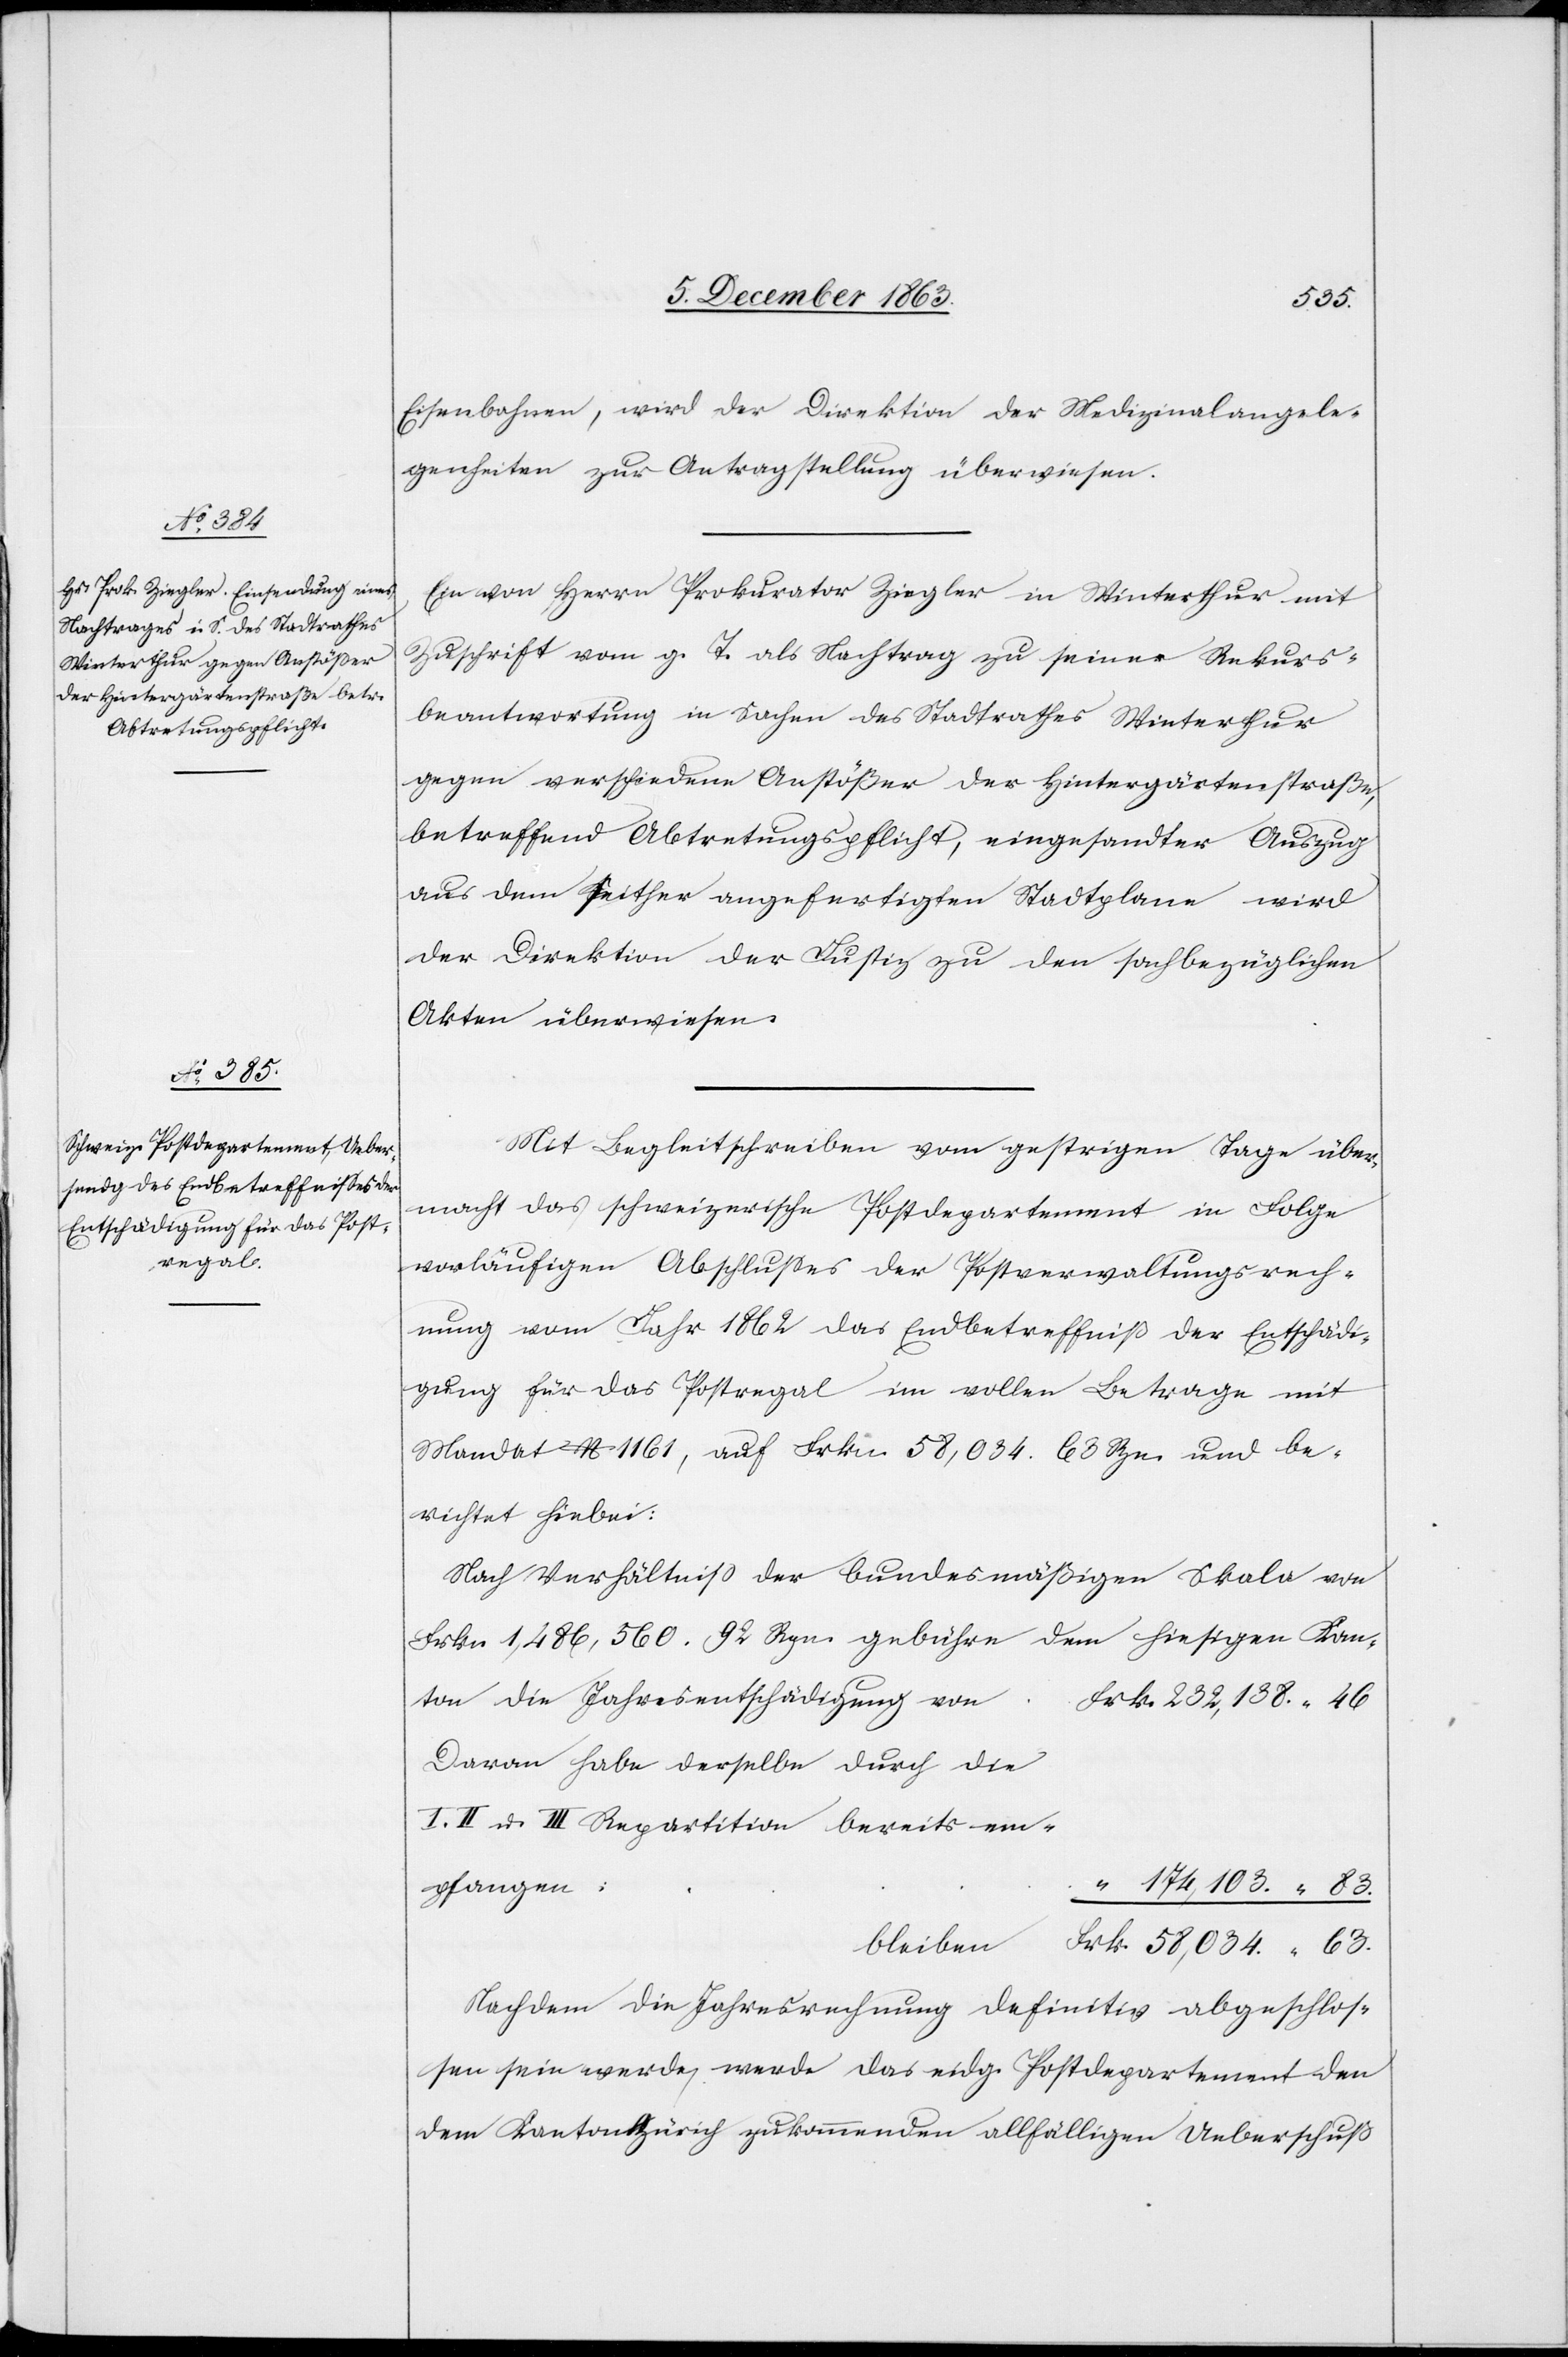
9. December 1863.]
Eisenbahnen, wird der Direktion der Medizinalangele¬
genheiten zur Antragstellung überwiesen.
Ein von Herrn Prokurator Ziegler in Winterthur mit
Zuschrift vom g. T. als Nachtrag zu seiner Rekurs¬
beantwortung in Sachen des Stadtrathes Winterthur
gegen verschiedene Anstößer der Hintergärtenstraße,
betreffend Abtretungspflicht, eingesandter Auszug
aus dem seither angefertigten Stadtplane wird
der Direktion der Justiz zu den sachbezüglichen
Akten überwiesen.
Mit Begleitschreiben vom gestrigen Tage über¬
macht das schweizerische Postdepartement in Folge
vorläufigen Abschlusses der Postverwaltungsrech¬
nung vom Jahr 1862 das Endbetreffniß der Entschädi¬
gung für das Postregal im vollen Betrage mit
Mandat No 1161, auf Frkn. 58,034. 63 Rpn. und be¬
richtet hiebei:
Nach Verhältniss der bundesmäßigen Skala von
Frkn. 1,486,560. 92 Rpn. gebühre dem hiesigen Kan¬
ton die Jahresentschädigung vo¬
n	Frk. 232,138. 46
Daran habe derselbe durch die
I. II u. III Repartition bereits em¬
pfangen
“ 174,103. 83.
bleiben:	Frk. 58,034. 63.
Nachdem die Jahresrechnung definitiv abgeschlos¬
sen sein werde, werde das eidg. Postdepartement den
dem Kanton Zürich zukommenden allfälligen Ueberschuß